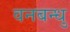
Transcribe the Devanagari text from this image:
वनबन्धु